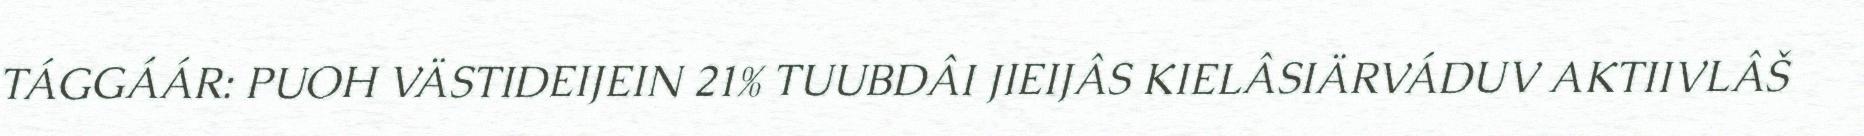
TÁGGÁÁR: PUOH VÄSTIDEIJEIN 21% TUUBDÂI JIEIJÂS KIELÂSIÄRVÁDUV AKTIIVLÂŠ